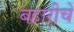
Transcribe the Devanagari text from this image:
बहारीचे